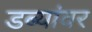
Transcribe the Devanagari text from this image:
डब्यांवर